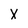
Character: X